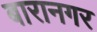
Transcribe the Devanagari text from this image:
बारानगर